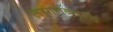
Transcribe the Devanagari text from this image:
लग्नानन्तरच